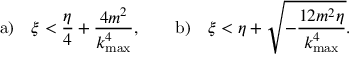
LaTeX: \mathrm { a ) } \quad \xi < \displaystyle { \frac { \eta } { 4 } + \frac { 4 m ^ { 2 } } { k _ { \mathrm { m a x } } ^ { 4 } } } , \qquad \mathrm { b ) } \quad \xi < \displaystyle { \eta + \sqrt { - \frac { 1 2 m ^ { 2 } \eta } { k _ { \mathrm { m a x } } ^ { 4 } } } } .